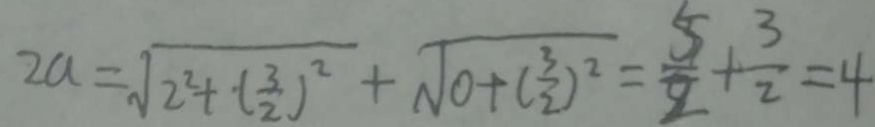
2 a = \sqrt { 2 ^ { 2 } + ( \frac { 3 } { 2 } ) ^ { 2 } } + \sqrt { 0 + ( \frac { 3 } { 2 } ) ^ { 2 } } = \frac { 5 } { 2 } + \frac { 3 } { 2 } = 4